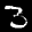
Label: 3